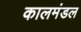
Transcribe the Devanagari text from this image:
कालमंडल